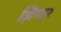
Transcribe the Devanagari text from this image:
ज़िन्दर